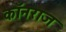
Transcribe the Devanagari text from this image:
कॉनराज